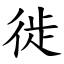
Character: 徙